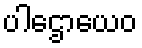
ပါဌောယေဝ